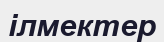
ілмектер